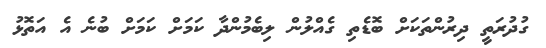
ގުދުރަތީ ދިރުންތަކަށް ބޮޑެތި ގެއްލުން ލިބެމުންދާ ކަމަށް ކަމަށް ބުނެ އެ އަތޮޅު